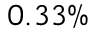
0 . 3 3 \%